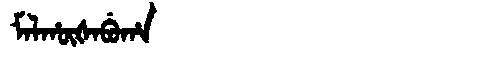
Manchu: ᠮᠠᠯᡥᡡᡧᠠᠪᡠᡥᠠ
Romanization: MALHŪŠABUHA